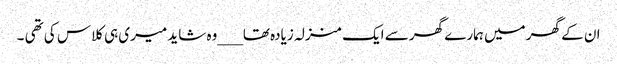
ان کے گھر میں ہمارے گھر سے ایک منزلہ زیادہ تھا___وہ شاید میری ہی کلاس کی تھی ۔